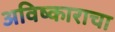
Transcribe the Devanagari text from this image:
अविष्काराचा